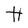
Character: H